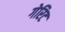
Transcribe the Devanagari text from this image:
गेरिट